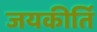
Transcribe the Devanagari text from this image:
जयकीर्ति